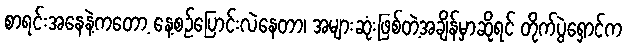
စာရင်းအနေနဲ့ကတော့ နေ့စဉ်ပြောင်းလဲနေတာ၊ အများဆုံးဖြစ်တဲ့အချိန်မှာဆိုရင် တိုက်ပွဲရှောင်က